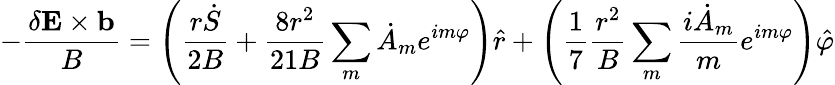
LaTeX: -\frac{\mathbf{\delta E}\times\mathbf{b}}{B}=\left(\frac{r\dot{S}}{2B}+\frac{8r^{2}}{21B}\sum_{m}\dot{A}_{m}e^{im\varphi}\right)\hat{r}+\left(\frac{1}{7}\frac{r^{2}}{B}\sum_{m}\frac{i\dot{A}_{m}}{m}e^{im\varphi}\right)\hat{\varphi}